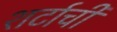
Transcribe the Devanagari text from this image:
शर्टाची